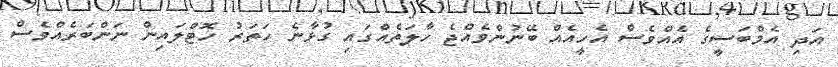
އަދި އެމްބަސީގެ އެއްވެސް އެހީއެއް ބޭނުންވެއްޖެ ހާލަތެއްގައި ގުޅާނެ ހަތަރު ހޮޓްލައިން ނަންބަރެއްވެސް